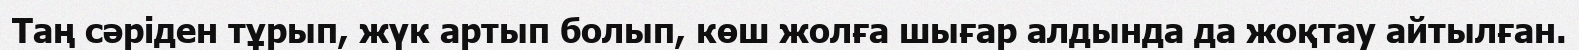
Таң сәріден тұрып, жүк артып болып, көш жолға шығар алдында да жоқтау айтылған.